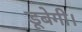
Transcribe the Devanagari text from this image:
डूबेगी।